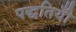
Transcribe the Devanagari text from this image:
पद्धतियोँ